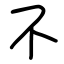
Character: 不